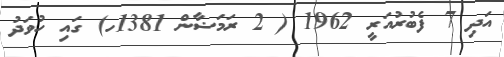
އަދި 7 ފެބުރުއަރީ 1962 ( 2 ރަމަޟާން 1381ހ) ގައި ހުވަދު